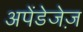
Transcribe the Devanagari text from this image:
अपेंडेजेज़